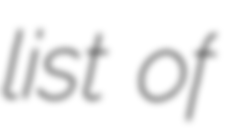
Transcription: list of